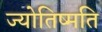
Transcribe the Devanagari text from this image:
ज्योतिष्मति